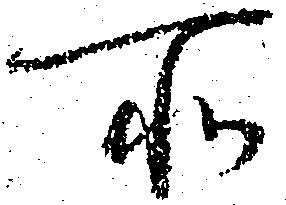
所